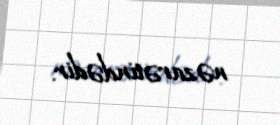
nəzarətindədir.